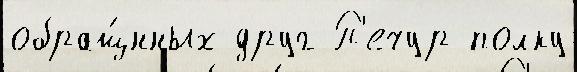
обращ́нных друг П'ечур полку